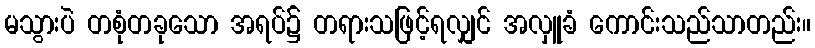
မသွားပဲ တစုံတခုသော အရပ်၌ တရားသဖြင့်ရလျှင် အလှူခံ ကောင်းသည်သာတည်း။